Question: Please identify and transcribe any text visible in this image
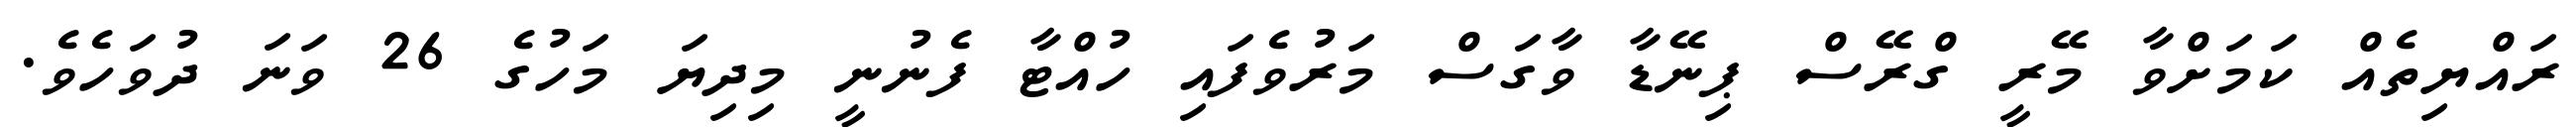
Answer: ރައްޔިތެއް ކަމަށްވާ މޭރީ ގްރޭސް ޕިނޭޑާ ވާގަސް މަރުވެފައި ހުއްޓާ ފެނުނީ މިދިޔަ މަހުގެ 26 ވަނަ ދުވަހެވެ.